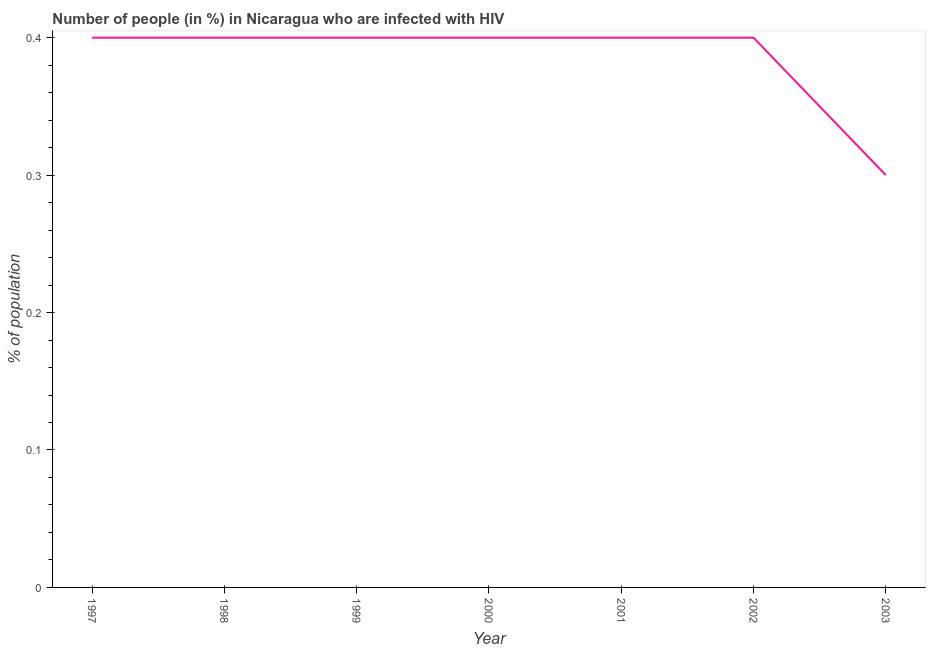
| Year | Infected with HIV |
 | --- | --- |
 | 1997 | 0.4 |
 | 1998 | 0.4 |
 | 1999 | 0.4 |
 | 2000 | 0.4 |
 | 2001 | 0.4 |
 | 2002 | 0.4 |
 | 2003 | 0.3 |